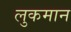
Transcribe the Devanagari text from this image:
लुकमान